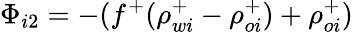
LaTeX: \Phi_{i2}=-(f^{+}(\rho_{wi}^{+}-\rho_{oi}^{+})+\rho_{oi}^{+})